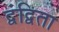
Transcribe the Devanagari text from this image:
द्वंद्विता